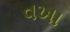
વખા